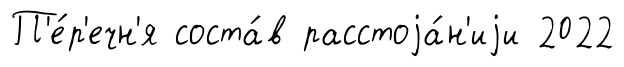
П'е́р'ечн'я соста́в расстоjа́н'иjи 2022